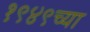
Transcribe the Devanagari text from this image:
१९४९च्या